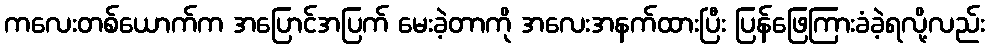
ကလေးတစ်ယောက်က အပြောင်အပြက် မေးခဲ့တာကို အလေးအနက်ထားပြီး ပြန်ဖြေကြားခံခဲ့ရလို့လည်း